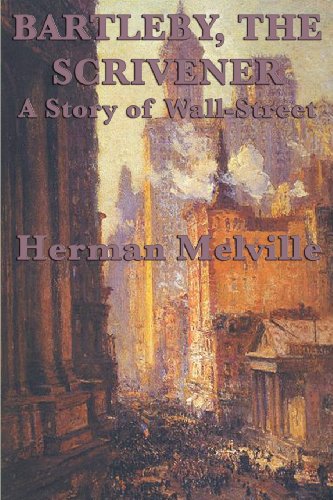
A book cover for Bartleby, The Scrivener A Story of Wall-Street; Herman Melville; Literature & Fiction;